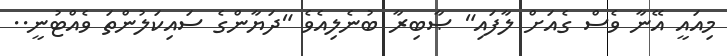
މިއައީ އޭނާ ވެސް ގެއަށް ލާފައި" ޞާބިރާ ބުނެލިއެވެ "ދަޔާންގެ ސައިކަލުންތަ ވެއްޓުނީ..